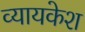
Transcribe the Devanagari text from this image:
व्यायकेश